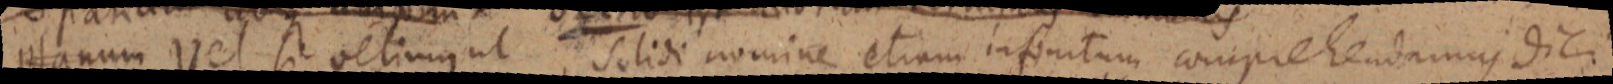
planum vel si velimus ut Solidi nomine etiam infinitum comprehendamus dici